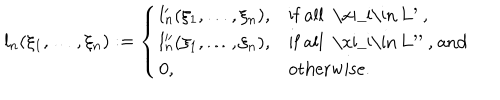
l _ { n } ( \xi _ { 1 } , \ldots , \xi _ { n } ) : = \left\{ \begin{array} { l l l } { { l _ { n } ^ { \prime } ( \xi _ { 1 } , \ldots , \xi _ { n } ) , } } & { { \mathrm { i f ~ a l l ~ \ x i _ { i } \in ~ L ^ { \prime } ~ , } } } \\ { { l _ { n } ^ { \prime \prime } ( \xi _ { 1 } , \ldots , \xi _ { n } ) , } } & { { \mathrm { i f ~ a l l ~ \ x i _ { i } \in ~ L ^ { \prime \prime } ~ , ~ a n d } } } \\ { { 0 , } } & { { \mathrm { o t h e r w i s e } . } } \\ \end{array} \right.